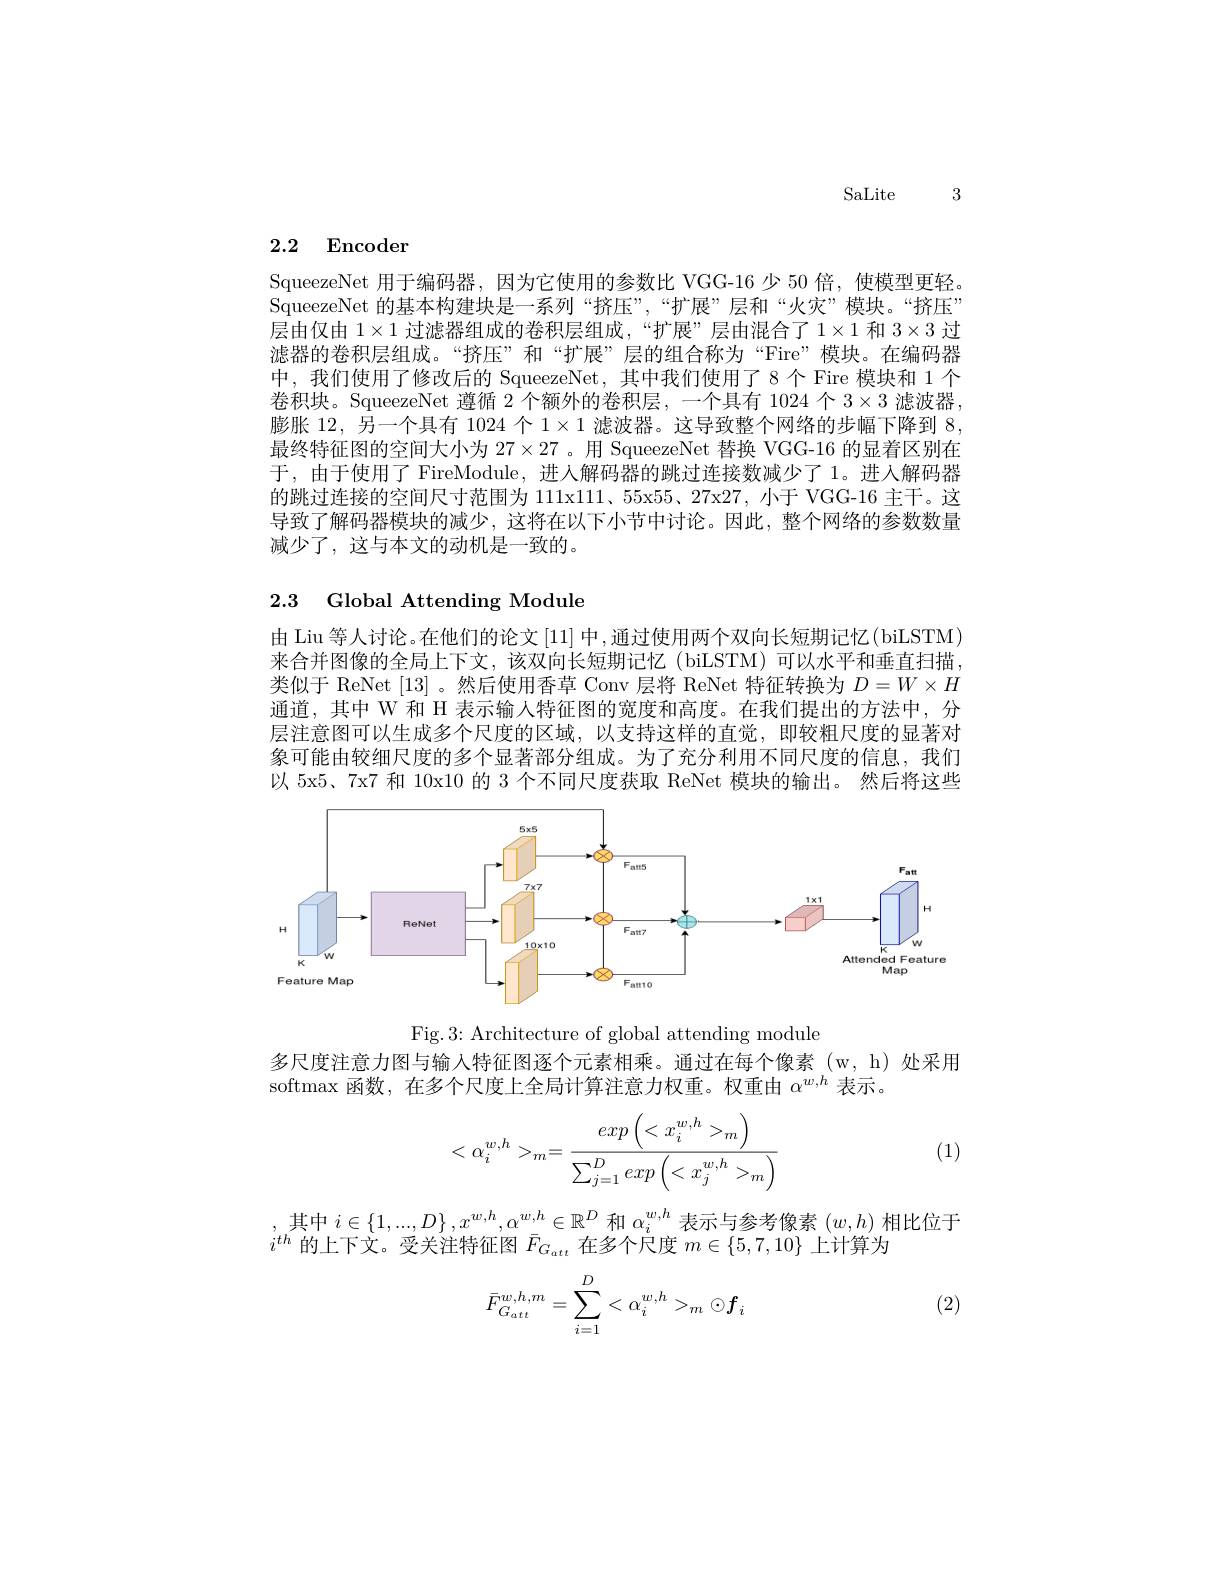
SaLite 3

# 2.2 Encoder

SqueezeNet 用于编码器，因为它使用的参数比 VGG-16 少 50 倍，使模型更轻。SqueezeNet 的基本构建块是一系列“挤压”,“扩展”层和“火灾”模块。“挤压” 层由仅由$1\times1$过滤器组成的卷积层组成，“扩展”层由混合了$1\times1$和$3\times3$过滤器的卷积层组成。“挤压”和“扩展”层的组合称为“Fire”模块。在编码器中，我们使用了修改后的 SqueezeNet, 其中我们使用了8个 Fire 模块和 1 个卷积块。SqueezeNet 遵循 2个额外的卷积层，一个具有 1024 个$3\times3$滤波器， 膨胀 12,另一个具有 1024 个$1\times1$滤波器。这导致整个网络的步幅下降到 8, 最终特征图的空间大小为$27\times27$ 。用 SqueezeNet 替换 VGG-16 的显着区别在于，由于使用了 FireModule,进人解码器的跳过连接数减少了1。进入解码器的跳过连接的空间尺寸范围为 111x11、55x55、27x27,小于 VGG-16 主干。这导致了解码器模块的减少，这将在以下小节中讨论。因此，整个网络的参数数量减少了，这与本文的动机是一致的。

# 2.3 Global Attending Module

由 Liu 等人讨论。在他们的论文[11]中，通过使用两个双向长短期记忆(biLSTM) 来合并图像的全局上下文，该双向长短期记忆(biLSTM)可以水平和垂直扫描， 类似于 ReNet [13] 。然后使用香草 Conv 层将 ReNet 特征转换为$D=W\times H$ 通道，其中 W 和 H 表示输人特征图的宽度和高度。在我们提出的方法中，分层注意图可以生成多个尺度的区域，以支持这样的直觉，即较粗尺度的显著对象可能由较细尺度的多个显著部分组成。为了充分利用不同尺度的信息，我们以 5x5、7x7 和 10x10 的 3 个不同尺度获取 ReNet 模块的输出。然后将这些

<FigureHere>

Fig.3: Architecture of global attending module

多尺度注意力图与输入特征图逐个元素相乘。通过在每个像素(w,h)处采用
softmax 函数，在多个尺度上全局计算注意力权重。权重由$\alpha^{w,h}$表示。
$$<\alpha_i^{w,h}>_m=\frac{exp\left(<x_i^{w,h}>_m\right)}{\sum_{j=1}^Dexp\left(<x_j^{w,h}>_m\right)}$$
(1)

,其中$i\in\{1,...,D\},x^{w,h},\alpha^{w,h}\in\mathbb{R}^{D}$和$\alpha_i^{w,h}$表示与参考像素$\left(w,h\right)$相比位于$h$的上下十严为时红网$\bar{\Gamma}=$在名人口密$-\epsilon[57710]$上让续让
$i^{th}$的上下文。受关注特征图$\bar{F}_G_{att}$在多个尺度$m\in\{5,7,10\}$上计算为

(2)
$$\bar{F}_{G_{att}}^{w,h,m}=\sum_{i=1}^D<\alpha_i^{w,h}>_m\odot f_i$$